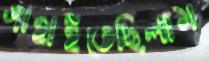
গাহাইতেছিলাম